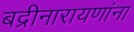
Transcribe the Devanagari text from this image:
बद्रीनारायणांना